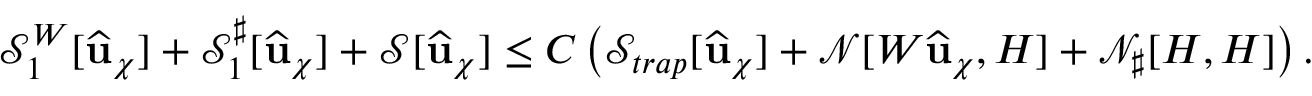
\mathcal { S } _ { 1 } ^ { W } [ \widehat { \mathbf { u } } _ { \chi } ] + { \mathcal { S } _ { 1 } ^ { \sharp } } [ \widehat { \mathbf { u } } _ { \chi } ] + \mathcal { S } [ \widehat { \mathbf { u } } _ { \chi } ] \leq C \left( \mathcal { S } _ { t r a p } [ \widehat { \mathbf { u } } _ { \chi } ] + \mathcal { N } [ W \widehat { \mathbf { u } } _ { \chi } , H ] + \mathcal { N } _ { \sharp } [ H , H ] \right) .